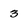
Character: 3